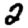
Digit: 2